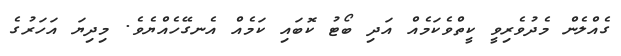
ގެއްލެން މެދުވެރިވީ ކީތްވެކަމެއް އަދި ބޯޓު ކޮބައި ކަމެއް އެނގޭހެއްޔެވެ. މިދިޔަ އަހަރުގެ